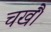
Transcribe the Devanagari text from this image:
चखैं।